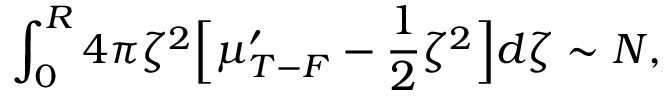
\int _ { 0 } ^ { R } 4 \pi \zeta ^ { 2 } \Big [ \mu _ { T - F } ^ { \prime } - \frac { 1 } { 2 } \zeta ^ { 2 } \Big ] d \zeta \sim N ,